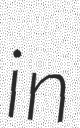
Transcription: in